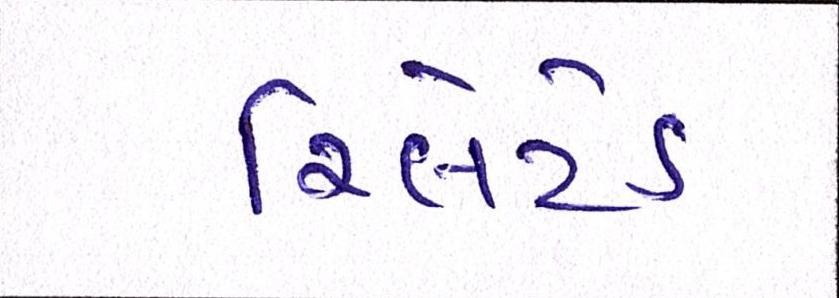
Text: રિલેટેડ